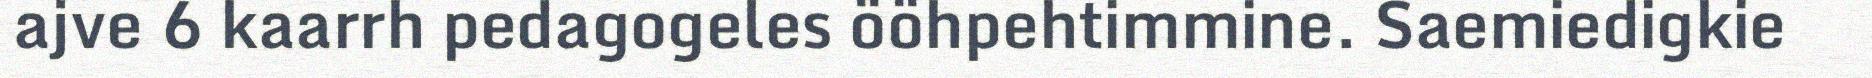
ajve 6 kaarrh pedagogeles ööhpehtimmine. Saemiedigkie